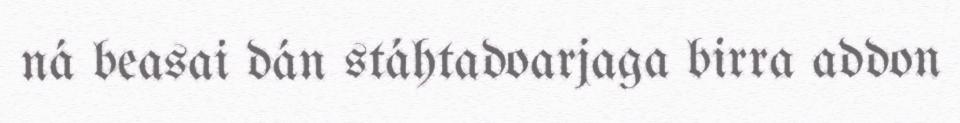
ná beasai dán stáhtadoarjaga birra addon